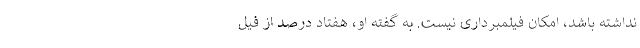
نداشته باشد، امکان فیلمبرداری نیست. به گفته او، هفتاد درصد از فیل